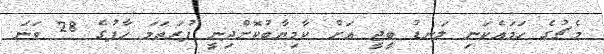
މެޗުގެ ހަމައެކަނި ލަނޑު ބީޖީ އަށް ކާމިޔާބުކޮށްދިނީ ފުރަތަމަ ހާފުގެ 28 ވަނަ